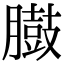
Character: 臌